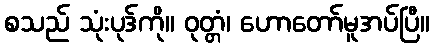
စသည် သုံးပုဒ်ကို။ ဝုတ္တံ၊ ဟောတော်မူအပ်ပြီ။